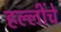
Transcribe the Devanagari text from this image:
हल्लींचे